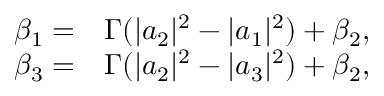
\begin{array} { r } { \begin{array} { r l } { \beta _ { 1 } = } & { { } \Gamma ( | a _ { 2 } | ^ { 2 } - | a _ { 1 } | ^ { 2 } ) + \beta _ { 2 } , } \\ { \beta _ { 3 } = } & { { } \Gamma ( | a _ { 2 } | ^ { 2 } - | a _ { 3 } | ^ { 2 } ) + \beta _ { 2 } , } \end{array} } \end{array}